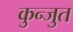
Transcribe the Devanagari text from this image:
कुन्जुत